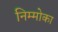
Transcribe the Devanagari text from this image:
निम्मोका